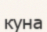
куна